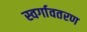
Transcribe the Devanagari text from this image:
स्वर्गावतरण